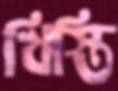
খিস্তি